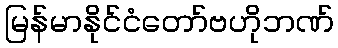
မြန်မာနိုင်ငံတော်ဗဟိုဘဏ်